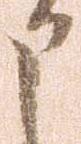
申